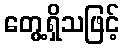
တွေ့ရှိသဖြင့်